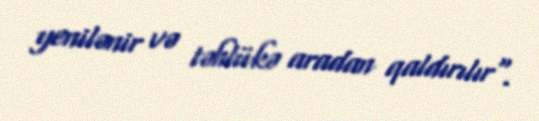
yenilənir və təhlükə aradan qaldırılır".